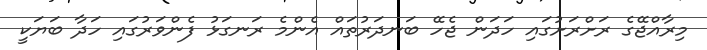
މިރާއްޖޭގެ ރަށްރަށުގައި ހަދަން ޖެހޭ ބަނދަރުތައް އެންމެ ރަނގަޅު ފެންވަރުގައި ހަދާ ބަޔަކީ